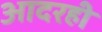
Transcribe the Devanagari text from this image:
आदरही